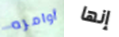
أوامره إنها